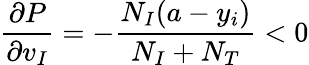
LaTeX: \frac{\partial P}{\partial v_{I}}=-\frac{N_{I}(a-y_{i})}{N_{I}+N_{T}}<0